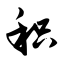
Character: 积